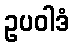
ဥပဝါဒံ